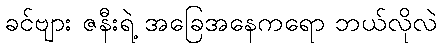
ခင်ဗျား ဇနီးရဲ့ အခြေအနေကရော ဘယ်လိုလဲ